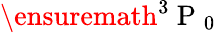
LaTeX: \ensuremath{{^3\mathrm{~P~}_{0}}}